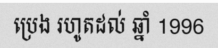
ប្រេង រហូតដល់ ឆ្នាំ 1996